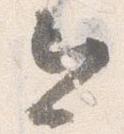
今